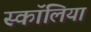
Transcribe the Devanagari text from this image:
स्कॉलिया